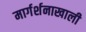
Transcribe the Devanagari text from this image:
मार्गर्शनाखाली